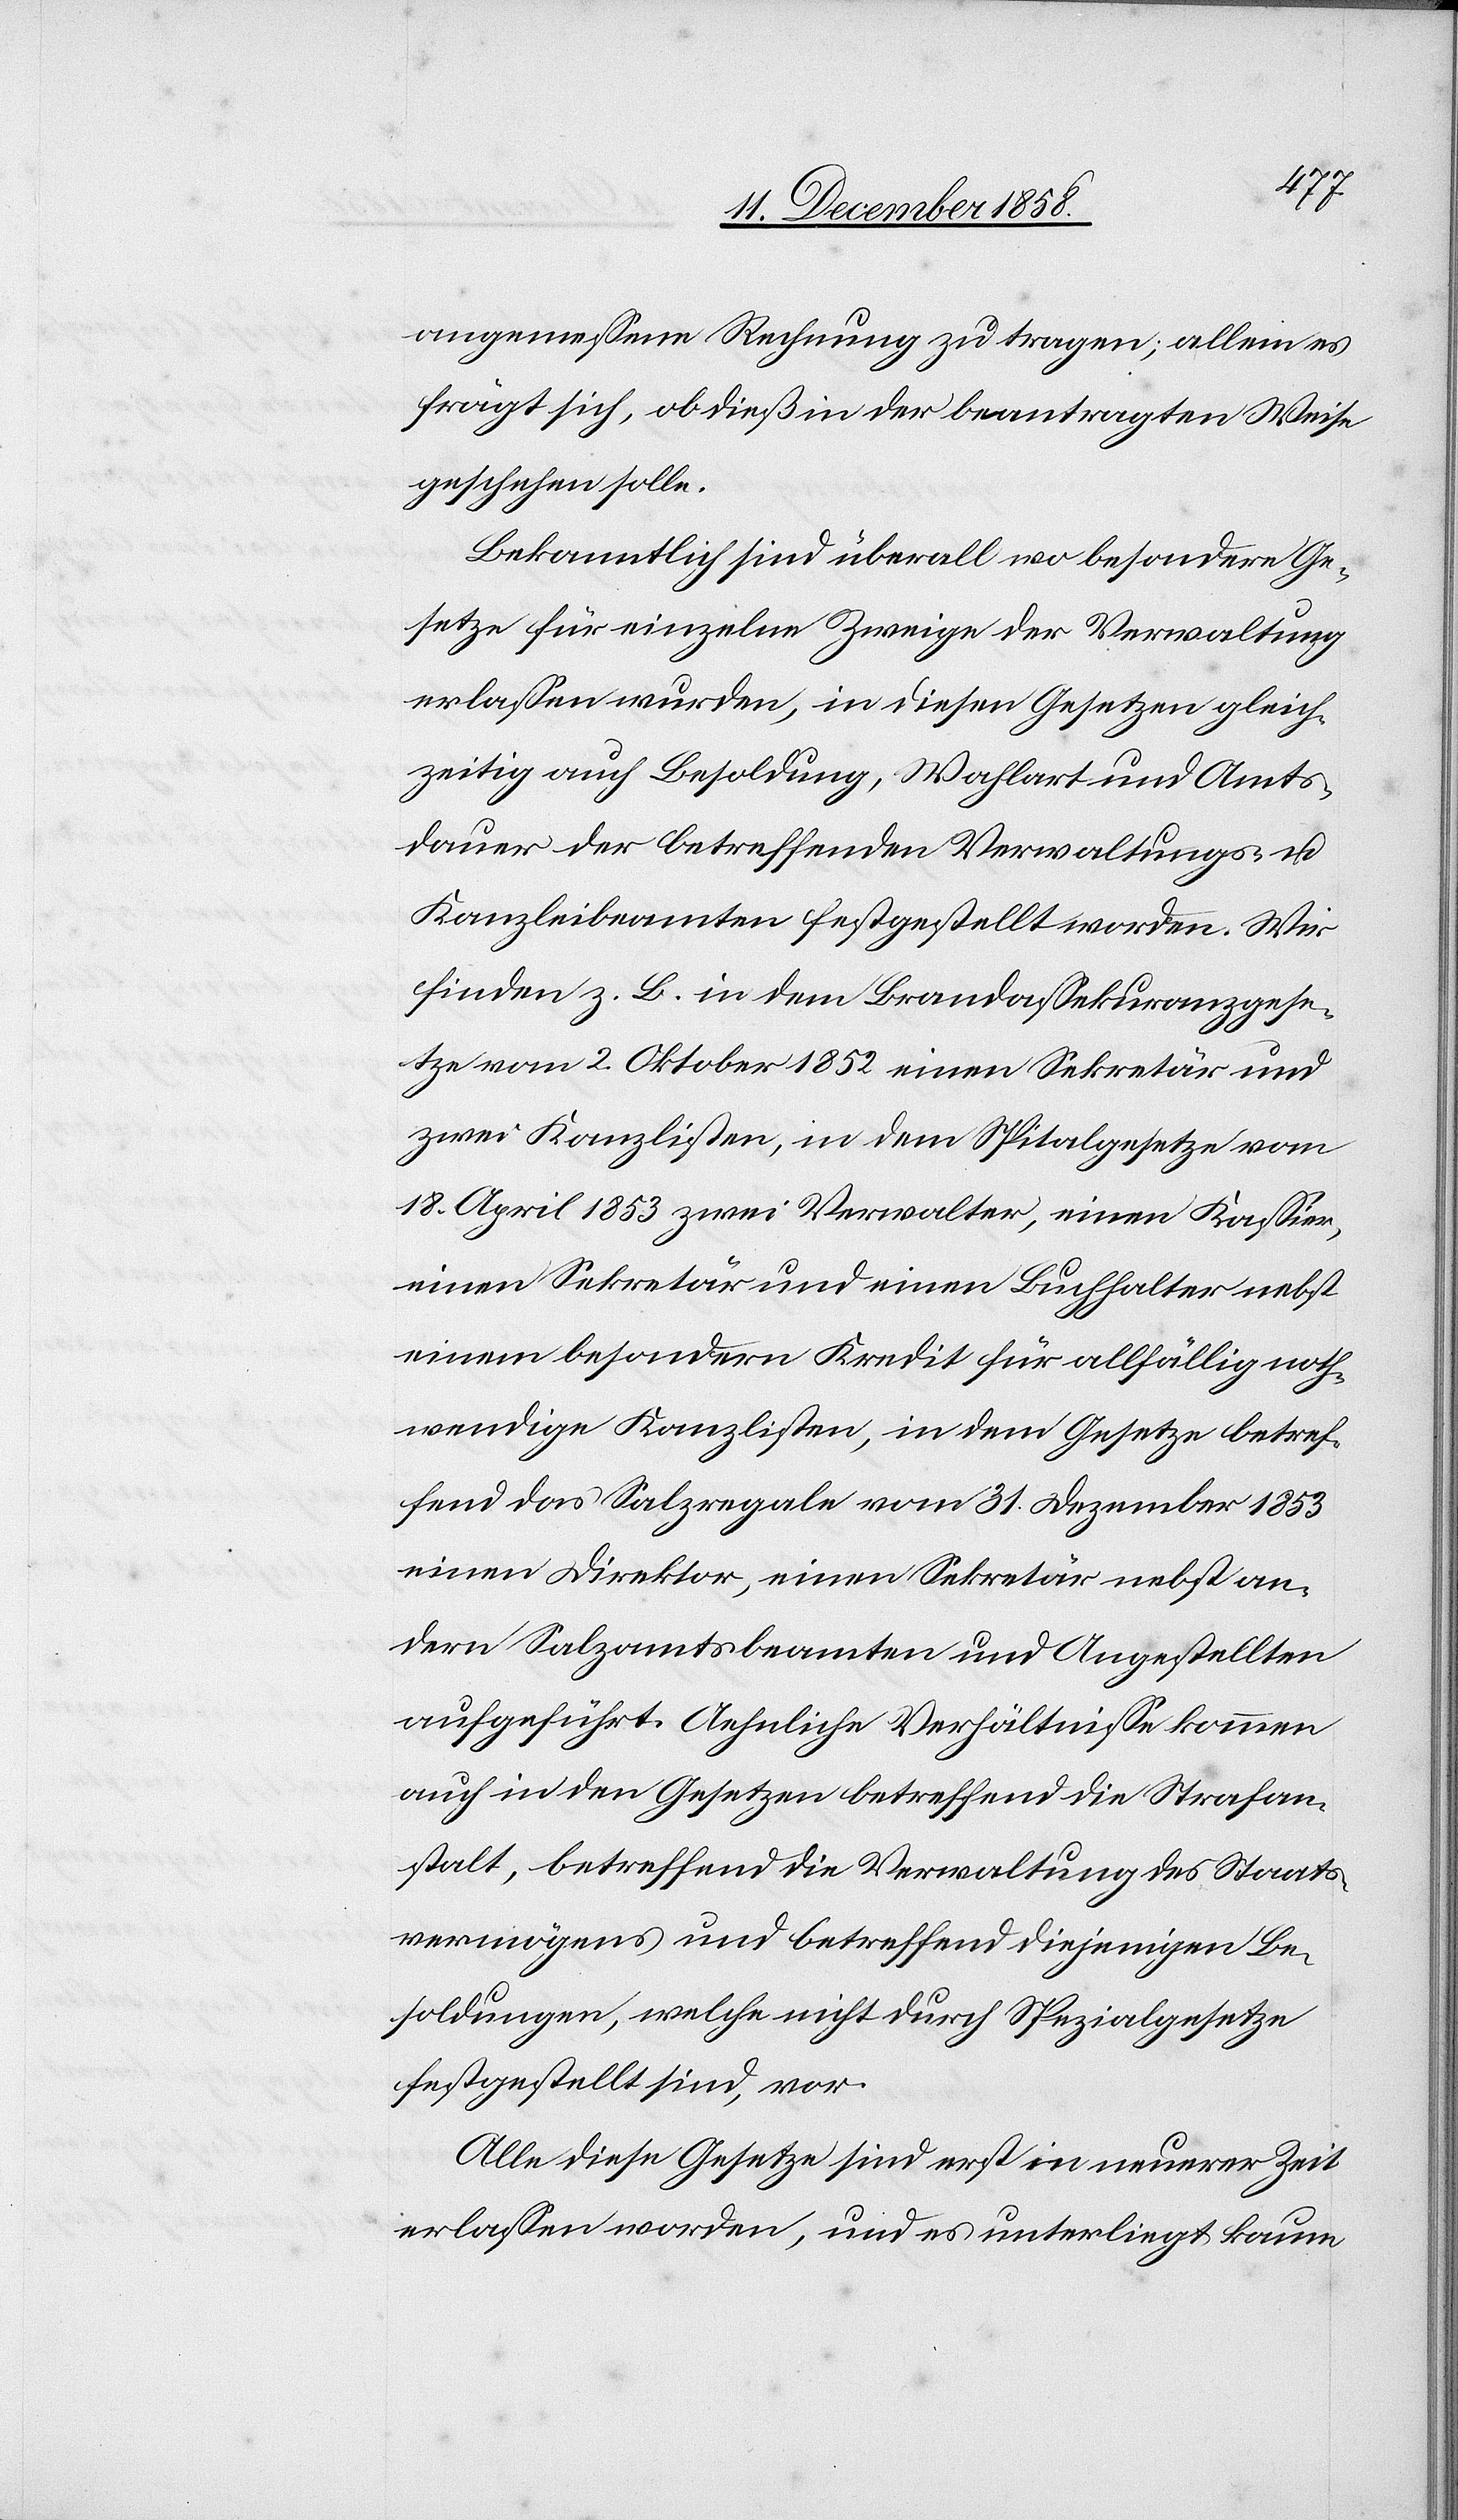
angemessene Rechnung zu tragen; allein es
frägt sich, ob dieß in der beantragten Weise
geschehen solle.
Bekanntlich sind überall wo besondere Ge¬
setze für einzelne Zweige der Verwaltung
erlassen wurden, in diesen Gesetzen gleich¬
zeitig auch Besoldung, Wahlart und Amts¬
dauer der betreffenden Verwaltungs- u.
Kanzleibeamten festgestellt worden. Wir
finden z. B. in dem Brandassekuranzgese¬
tze vom 2. Oktober 1852 einen Sekretär und
zwei Kanzlisten, in dem Spitalgesetze vom
18. April 1853 zwei Verwalter, einen Kassier,
einen Sekretär und einen Buchhalter nebst
einem besondern Kredit für allfällig noth¬
wendige Kanzlisten, in dem Gesetze betref¬
fend das Salzregale vom 31. Dezember 1853
einen Direktor, einen Sekretär nebst an¬
dern Salzamtsbeamten und Angestellten
aufgeführt. Aehnliche Verhältnisse kommen
auch in den Gesetzen betreffend die Strafan¬
stalt, betreffend die Verwaltung des Staats¬
vermögens und betreffend diejenigen Be¬
soldungen, welche nicht durch Spezialgesetze
festgestellt sind, vor.
Alle diese Gesetze sind erst in neuerer Zeit
erlassen worden, und es unterliegt kaum